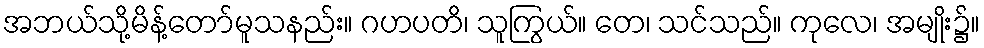
အဘယ်သို့မိန့်တော်မူသနည်း။ ဂဟပတိ၊ သူကြွယ်။ တေ၊ သင်သည်။ ကုလေ၊ အမျိုး၌။